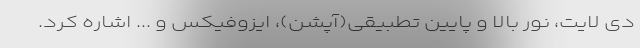
دی لایت، نور بالا و پایین تطبیقی(آپشن)، ایزوفیکس و ... اشاره کرد.